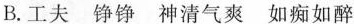
B.工夫 铮铮 神清气爽 如痴如醉